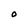
Character: O